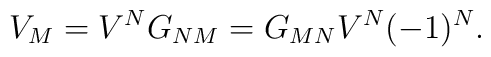
V_M=V^NG_{NM}=G_{MN}V^N(-1)^N.